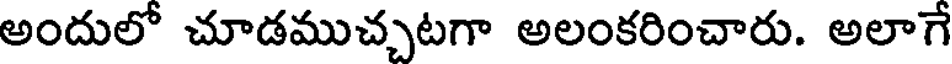
అందులో చూడముచ్చటగా అలంకరించారు. అలాగే